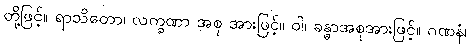
တို့ဖြင့်။ ရာသိတော၊ လက္ခဏာ အစု အားဖြင့်။ ဝါ၊ ခန္ဓာအစုအားဖြင့်။ ဂဏနံ၊